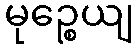
မုဉ္စေယျ